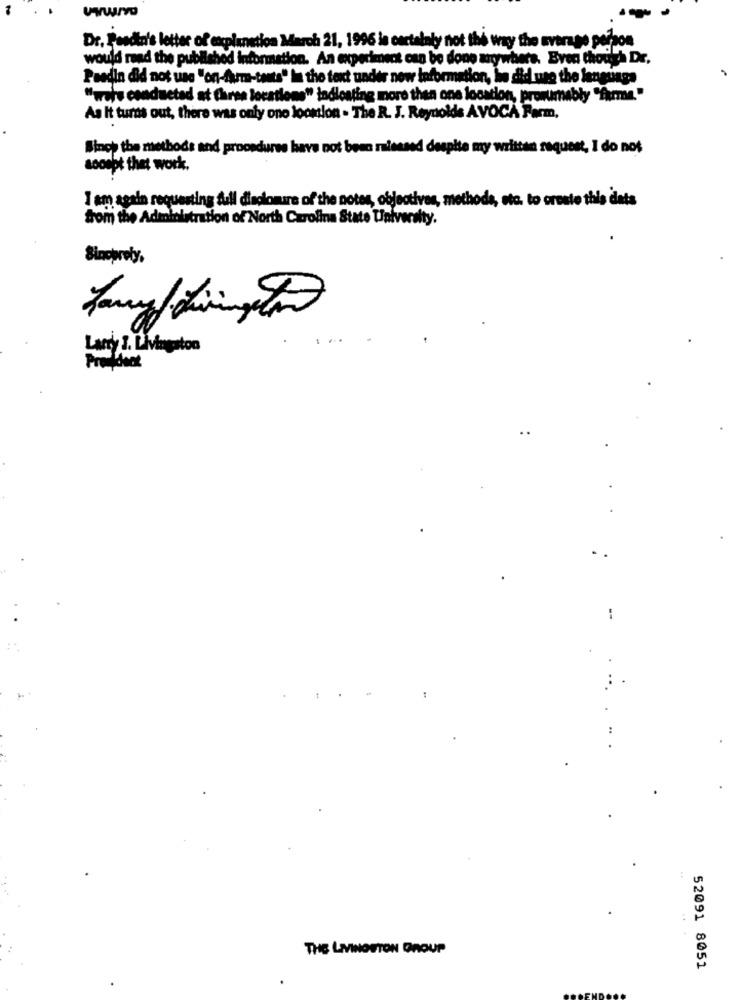
-
Dr. Pasdto's letter of explanation March 21, 1996 is certainly not the way the average person
would read the published information. An experiment can be done anywhere. Even though I
Paedin did not use "on-furme-tants" In the text under new information, he did use the language
"woje conducted at Chres locations" indicating more than one location, prosumably "firme."
As It turns out, there was only one loonion - The R. J. Reynolds AVOCA Farm,
Binch the methods and procedures have not been raisesed despite my written request, I do not
sooept thet work.
I am again requesting full disclosure of the notes, objectives, methods, etc. to create this dats
from the Administration of North Carolina State University.
Larry 1. Livingston
THE LIVINGSTON GROUP
52091 8051